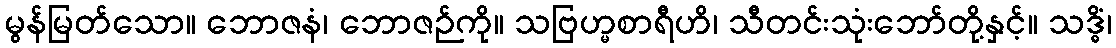
မွန်မြတ်သော။ ဘောဇနံ၊ ဘောဇဉ်ကို။ သဗြဟ္မစာရီဟိ၊ သီတင်းသုံးဘော်တို့နှင့်။ သဒ္ဓိံ၊